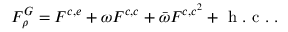
F _ { \rho } ^ { G } = F ^ { c , e } + \omega F ^ { c , c } + \bar { \omega } F ^ { c , c ^ { 2 } } + \mathrm { ~ h ~ . ~ c ~ . ~ } .